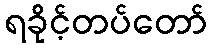
ရခိုင့်တပ်တော်